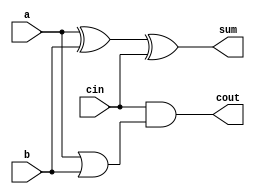
module full_adder3(a,b,cin,sum,cout);
input a,b,cin;
output sum,cout;
assign sum = a^b^cin;
assign cout = 1'b0|cin&(a|b); 
// initial begin
//     $display("The incorrect adder with and0 and or2 having out/0 and in1/0");
// end   
endmodule